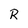
Character: R